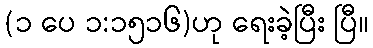
(၁ ပေ ၁:၁၅၁၆)ဟု ရေးခဲ့ပြီး ပြီ။